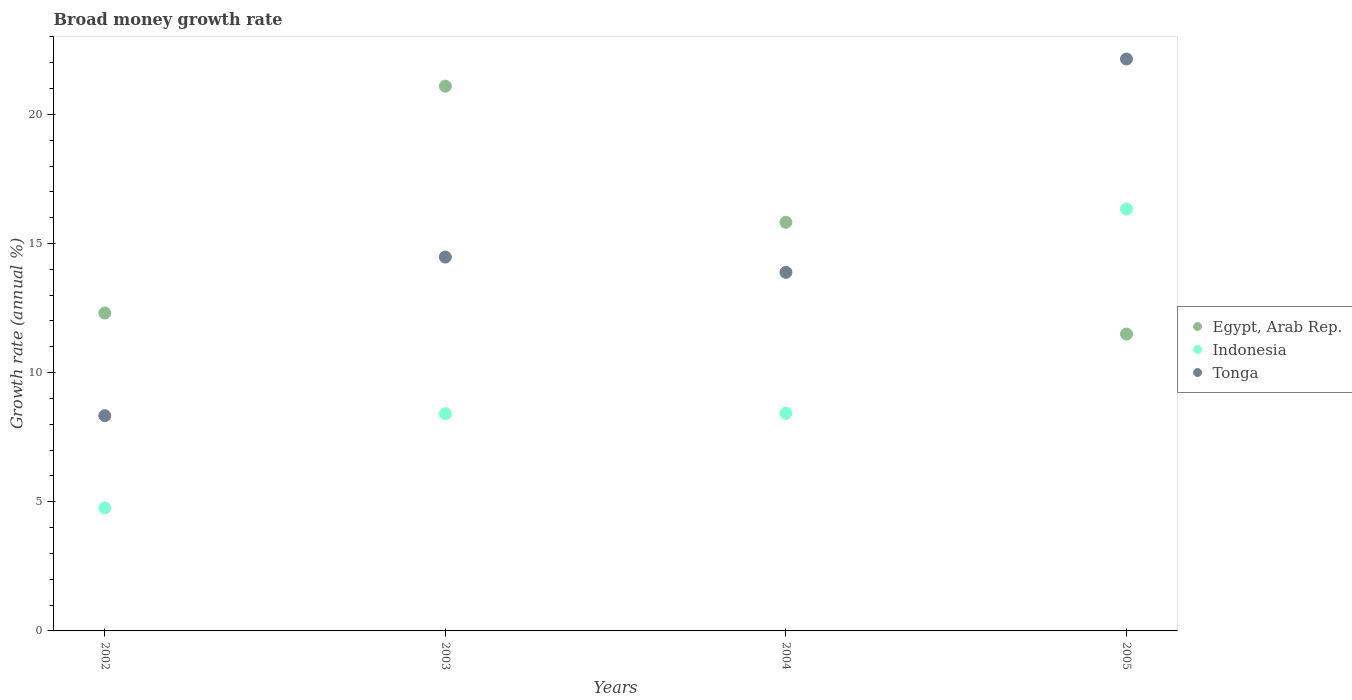
| Years | Egypt, Arab Rep. | Indonesia | Tonga |
 | --- | --- | --- | --- |
 | 2002 | 12.3 | 4.76 | 8.33 |
 | 2003 | 21.1 | 8.41 | 14.5 |
 | 2004 | 15.8 | 8.43 | 13.9 |
 | 2005 | 11.5 | 16.3 | 22.1 |